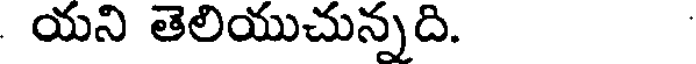
యని తెలియుచున్నది.